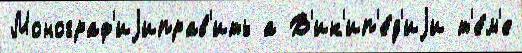
Монограф'иjиправ'ить а В'ик'ип'е́д'иjи т'е́м'е